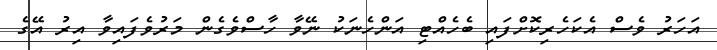
އަހަރު ވެސް އެކަހެރިކޮށްފައި ބެހެއްޓި އަންހެނަކު ނޭވާ ހާސްވެގެން މަރުވެފައިވާ އިރު އޭގެ